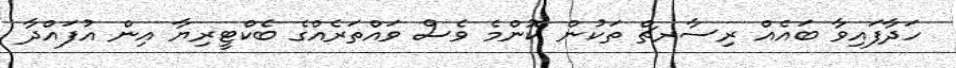
ހަދާފައިވާ ބައެއް ރިސާރޗް ތަކުން ކޮންމެ ވެސް ވައްތަރެއްގެ ބެކްޓީރިޔާ އިން އުފައްދާ